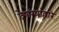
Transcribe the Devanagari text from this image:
देणग्यांद्वारे